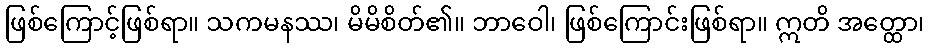
ဖြစ်ကြောင့်ဖြစ်ရာ။ သကမနဿ၊ မိမိစိတ်၏။ ဘာဝေါ၊ ဖြစ်ကြောင်းဖြစ်ရာ။ ဣတိ အတ္ထော၊